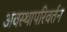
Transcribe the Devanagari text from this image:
अवस्थापरिवर्तन